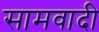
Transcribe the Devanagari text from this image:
सामवादी